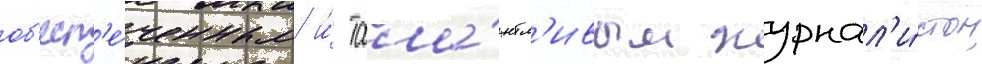
об'есп'е́ченным и́ тала́нтл'ивым журнал'и́стом